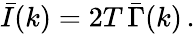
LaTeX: \bar{I}(k)=2T\, \bar{\Gamma}(k)\, .